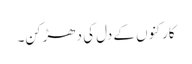
کارکنوں کے دل کی دھڑکن۔